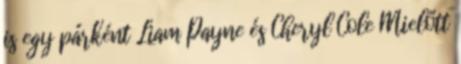
is egy párként Liam Payne és Cheryl Cole Mielőtt